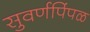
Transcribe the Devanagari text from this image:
सुवर्णपिंपळ